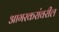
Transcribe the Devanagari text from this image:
आगरकरांवरील